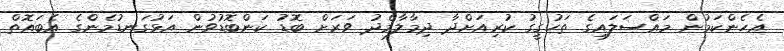
އެހެންކަމުން މައްސަލައިގެ ތަހުގީގު ކުރިއަށްދާ ދިމާލާމެދު ވަރަށް ބޮޑު ކަންބޮޑުވުން އަޅުގަނޑުމެންގެ އެބައޮތް